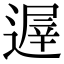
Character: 遟